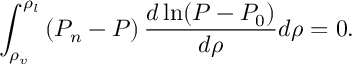
\int _ { \rho _ { v } } ^ { \rho _ { l } } \left( P _ { n } - P \right) \frac { d \ln ( P - P _ { 0 } ) } { d \rho } d \rho = 0 .